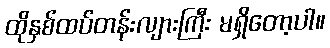
ထိုနှစ်ထပ်တန်းလျားကြီး မရှိတော့ပါ။